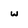
Character: w